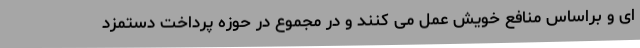
ای و براساس منافع خویش عمل می کنند و در مجموع در حوزه پرداخت دستمزد